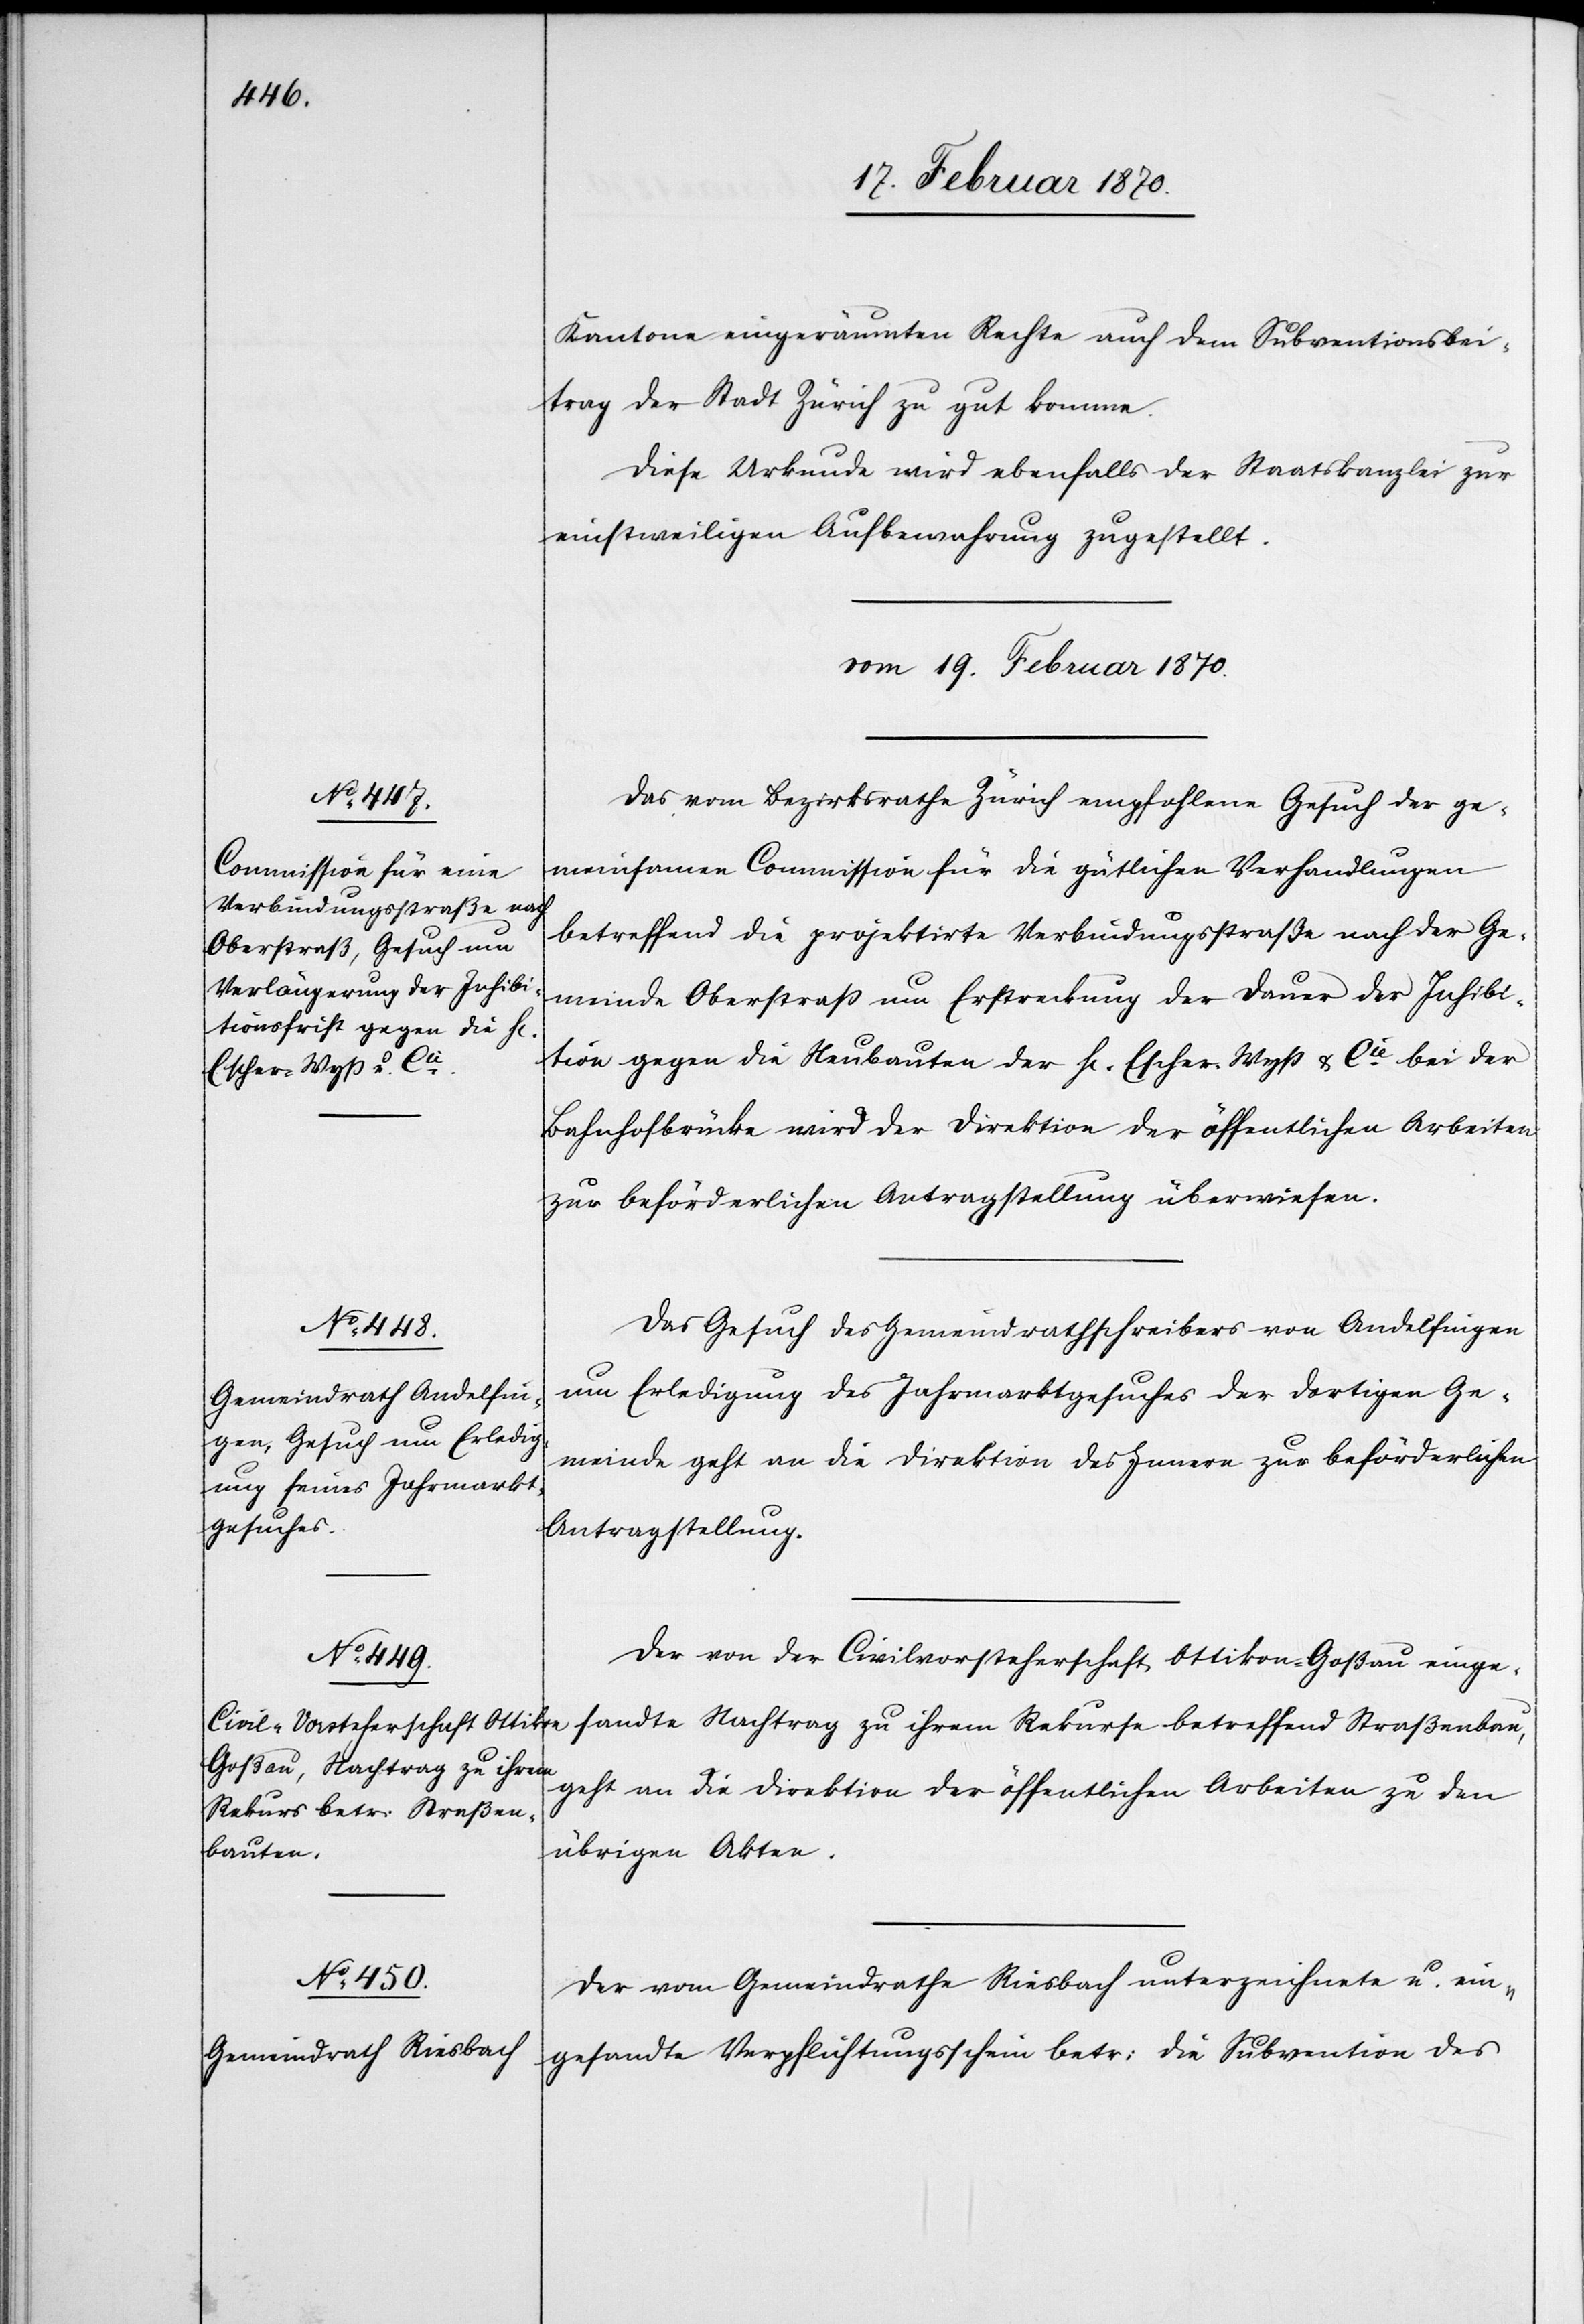
Kantone eingeräumten Rechte auch dem Subventionsbei¬
trag der Stadt Zürich zu gut komme.
Diese Urkunde wird ebenfalls der Staatskanzlei zur
einstweiligen Aufbewahrung zugestellt.
vom 19. Februar 1870.]
Das vom Bezirksrathe Zürich empfohlene Gesuch der ge¬
meinsamen Commission für die gütlichen Verhandlungen
betreffend die projektirte Verbindungsstraße nach der Ge¬
meinde Oberstrass um Erstreckung der Dauer der Inhibi¬
tion gegen die Neubauten der H[erren] Escher-Wyss & Cie. bei der
Bahnhofbrücke wird der Direktion der öffentlichen Arbeiten
zur beförderlichen Antragstellung überwiesen.
Das Gesuch des Gemeindrathschreibers von Andelfingen
um Erledigung des Jahrmarktgesuches der dortigen Ge¬
meinde geht an die Direktion des Innern zur beförderlichen
Antragstellung.
Der von der Civilvorsteherschaft Ottikon-Goßau einge¬
sandte Nachtrag zu ihrem Rekurse betreffend Straßenbau,
geht an die Direktion der öffentlichen Arbeiten zu den
übrigen Akten.
Der vom Gemeindrathe Riesbach unterzeichnete u. ein¬
gesandte Verpflichtungsschein betr: die Subvention des